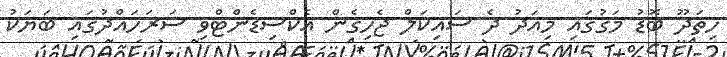
ހިތަދޫ ބޮޑު މަގުގައި މިއަދު ދެ ސައިކަލް ޖެހިގެން އެކްސިޑެންޓްވި ސަރަހައްދުގައި ބަޔަކު